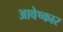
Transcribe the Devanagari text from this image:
आवेष्कार